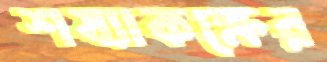
শয্যাকক্ষের